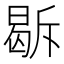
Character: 𭦹